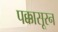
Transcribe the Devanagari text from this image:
पक्कासूरन